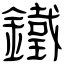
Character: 鐵